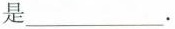
是___.